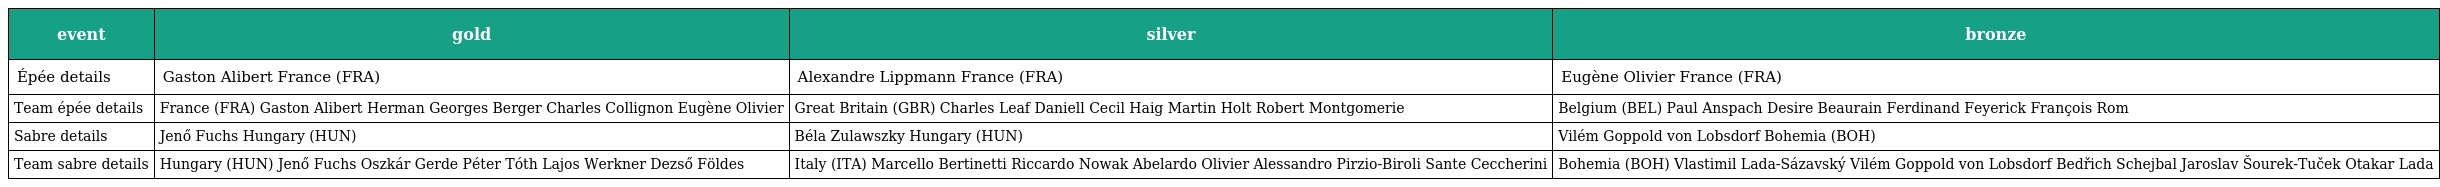
| event | gold | silver | bronze |
 | --- | --- | --- | --- |
 | Épée details | Gaston Alibert France (FRA) | Alexandre Lippmann France (FRA) | Eugène Olivier France (FRA) |
 | Team épée details | France (FRA) Gaston Alibert Herman Georges Berger Charles Collignon Eugène Olivier | Great Britain (GBR) Charles Leaf Daniell Cecil Haig Martin Holt Robert Montgomerie | Belgium (BEL) Paul Anspach Desire Beaurain Ferdinand Feyerick François Rom |
 | Sabre details | Jenő Fuchs Hungary (HUN) | Béla Zulawszky Hungary (HUN) | Vilém Goppold von Lobsdorf Bohemia (BOH) |
 | Team sabre details | Hungary (HUN) Jenő Fuchs Oszkár Gerde Péter Tóth Lajos Werkner Dezső Földes | Italy (ITA) Marcello Bertinetti Riccardo Nowak Abelardo Olivier Alessandro Pirzio-Biroli Sante Ceccherini | Bohemia (BOH) Vlastimil Lada-Sázavský Vilém Goppold von Lobsdorf Bedřich Schejbal Jaroslav Šourek-Tuček Otakar Lada |